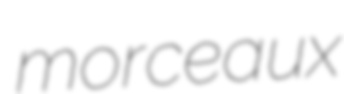
morceaux